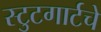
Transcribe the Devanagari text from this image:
स्टुटगार्टचे